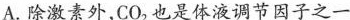
A.除激素外，CO_{ 2}也是体液调节因子之一